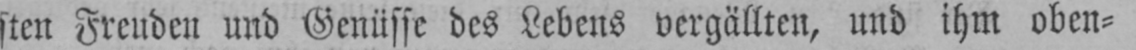
sten Freuden und Genüsse des Lebens vergällten, und ihm oben⸗